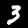
Digit: 3